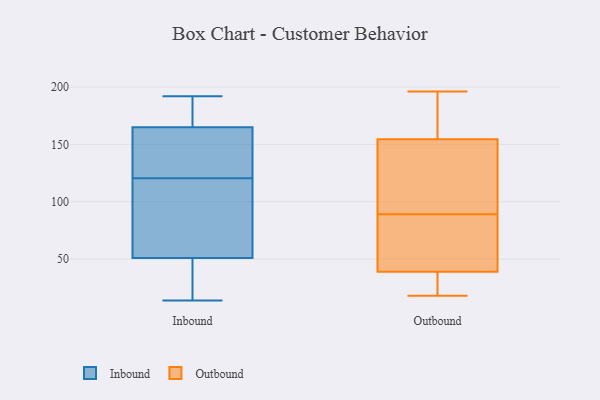
{"axis": {"x": "Population (Million)", "y": "Value"}, "legend": ["Inbound", "Outbound"], "data": [{"x": "", "y": 192, "type": "Inbound"}, {"x": "", "y": 114, "type": "Inbound"}, {"x": "", "y": 23, "type": "Inbound"}, {"x": "", "y": 126, "type": "Inbound"}, {"x": "", "y": 115, "type": "Inbound"}, {"x": "", "y": 14, "type": "Inbound"}, {"x": "", "y": 35, "type": "Inbound"}, {"x": "", "y": 174, "type": "Inbound"}, {"x": "", "y": 67, "type": "Inbound"}, {"x": "", "y": 171, "type": "Inbound"}, {"x": "", "y": 159, "type": "Inbound"}, {"x": "", "y": 142, "type": "Inbound"}, {"x": "", "y": 155, "type": "Outbound"}, {"x": "", "y": 36, "type": "Outbound"}, {"x": "", "y": 174, "type": "Outbound"}, {"x": "", "y": 87, "type": "Outbound"}, {"x": "", "y": 163, "type": "Outbound"}, {"x": "", "y": 41, "type": "Outbound"}, {"x": "", "y": 18, "type": "Outbound"}, {"x": "", "y": 39, "type": "Outbound"}, {"x": "", "y": 154, "type": "Outbound"}, {"x": "", "y": 24, "type": "Outbound"}, {"x": "", "y": 134, "type": "Outbound"}, {"x": "", "y": 91, "type": "Outbound"}, {"x": "", "y": 37, "type": "Outbound"}, {"x": "", "y": 39, "type": "Outbound"}, {"x": "", "y": 41, "type": "Outbound"}, {"x": "", "y": 193, "type": "Outbound"}, {"x": "", "y": 118, "type": "Outbound"}, {"x": "", "y": 54, "type": "Outbound"}, {"x": "", "y": 138, "type": "Outbound"}, {"x": "", "y": 196, "type": "Outbound"}]}